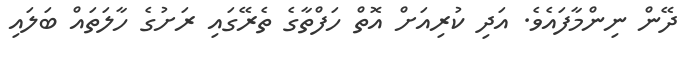
ދޭން ނިންމާފައެވެ. އަދި ކުރިއަށް އޮތް ހަފްތާގެ ތެރޭގައި ރަށުގެ ހާލަތައް ބަލައި